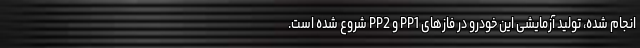
انجام شده، تولید آزمایشی این خودرو در فازهای PP1 و PP2 شروع شده است.